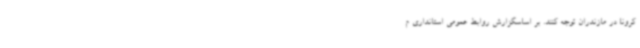
کرونا در مازندران توجه کنند. بر اساسگزارش روابط عمومی استانداری م